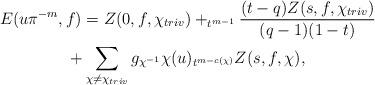
LaTeX: \begin{gather*}E(u\pi^{-m},f)=Z(0,f,\chi_{triv})+_{t^{m-1}}\frac{(t-q)Z(s,f,\chi_{triv})}{(q-1)(1-t)}\\+\sum_{\chi \neq \chi_{triv}}g_{\chi^{-1}}\chi(u)_{t^{m-c(\chi)}}Z(s,f,\chi),\end{gather*}